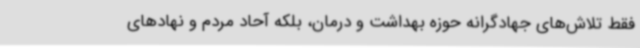
فقط تلاش‌های جهادگرانه حوزه بهداشت و درمان، بلکه آحاد مردم و نهادهای